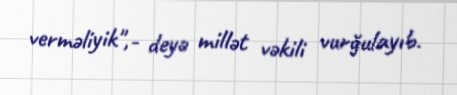
verməliyik",- deyə millət vəkili vurğulayıb.